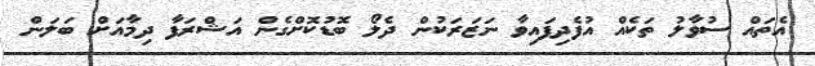
އެތައް ސުވާލު ތަކެއް އުފެދިފައިވާ ނަޒަރަކުން ދެލޯ ބޮޑުކޮށްގެން އަޝްރަފާ ދިމާއަށް ބަލަން